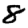
Digit: 8